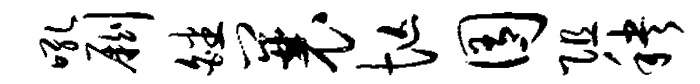
吼劂皤曩忙囿阻秧